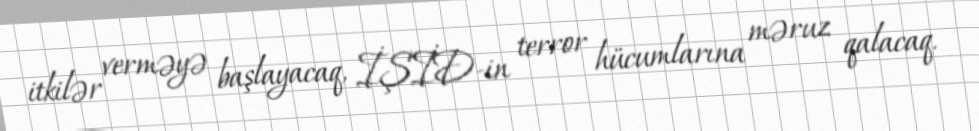
itkilər verməyə başlayacaq, İŞİD-in terror hücumlarına məruz qalacaq.